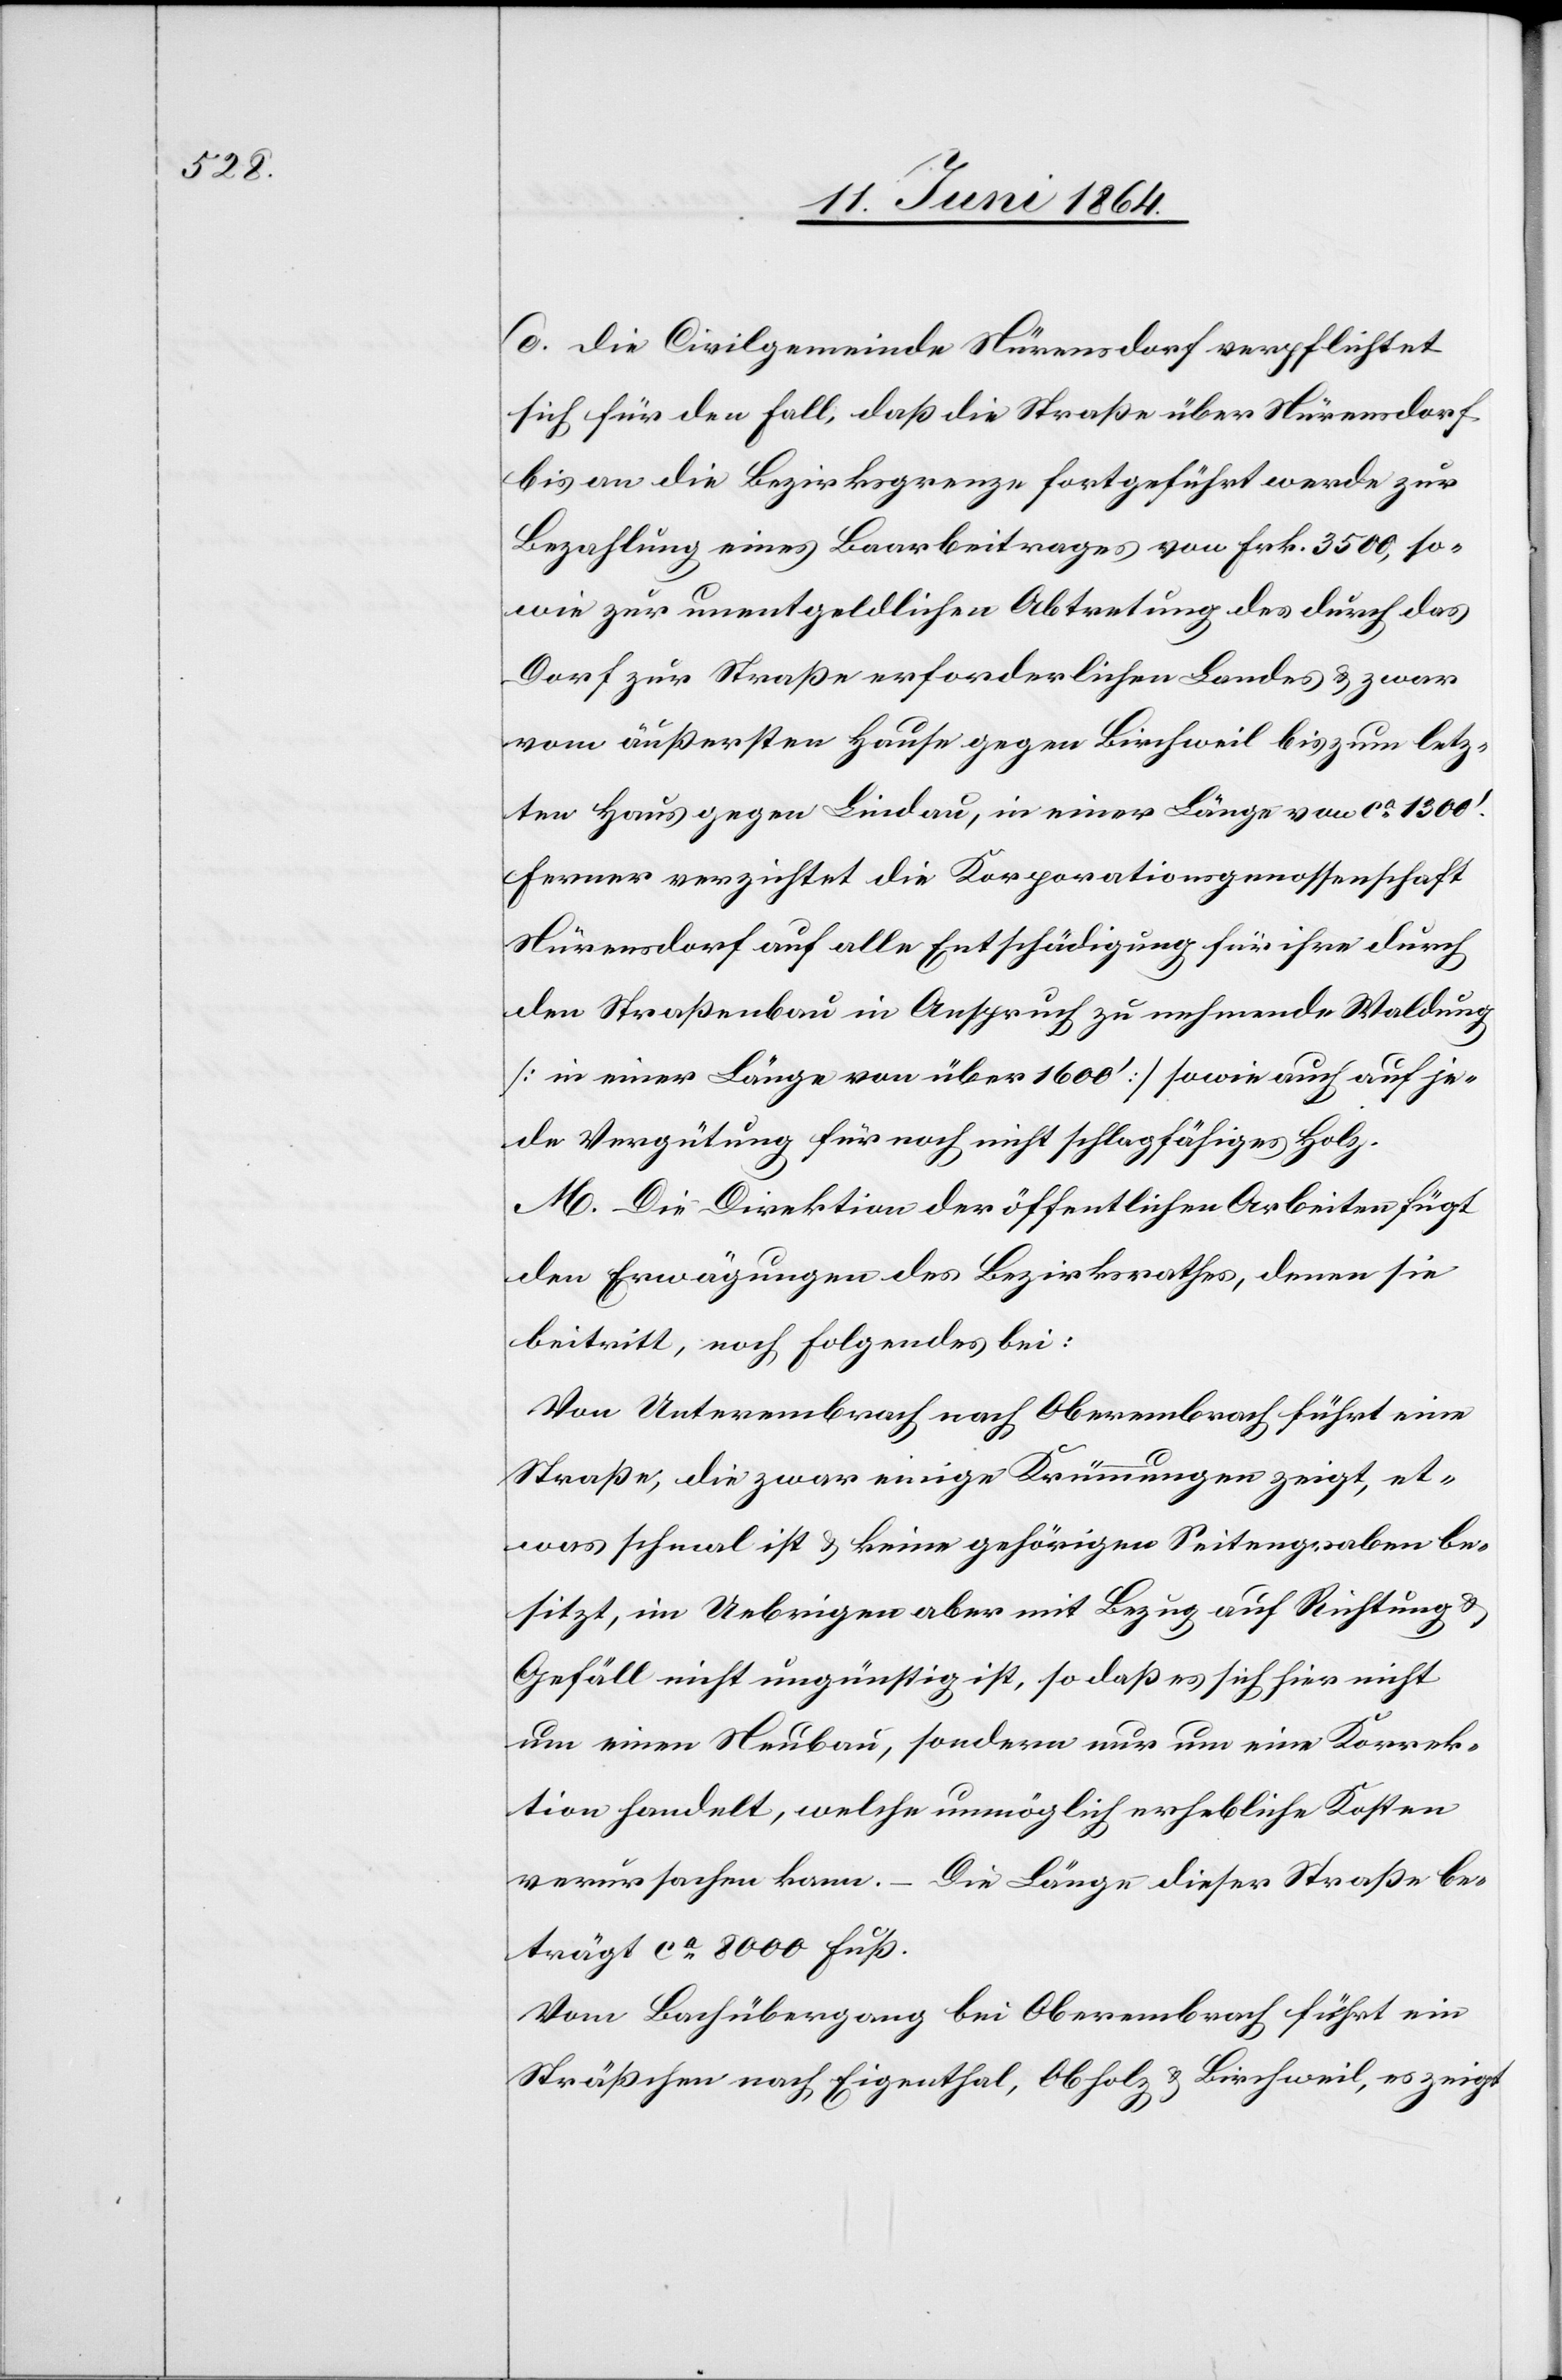
d. Die Civilgemeinde Nürensdorf verpflichtet
sich für den Fall, daß die Straße über Nürensdorf
bis an die Bezirksgrenze fortgeführt werde zur
Bezahlung eines Baarbeitrages von Frk. 3500, so¬
wie zur unentgeldlichen Abtretung des durch das
Dorf zur Straße erforderlichen Landes u. zwar
vom äußersten Hause gegen Birchweil bis zum letz¬
ten Haus gegen Lindau, in einer Länge von ca 1300’.
Ferner verzichtet die Korporationsgenossenschaft
Nürensdorf auf alle Entschädigung für ihre durch
den Straßenbau in Anspruch zu nehmende Waldung
[in einer Länge von über 1600’] sowie auch auf je¬
de Vergütung für noch nicht schlagfähiges Holz.
M. Die Direktion der öffentlichen Arbeiten fügt
den Erwägungen des Bezirksrathes, denen sie
beitritt, noch Folgendes bei:
Von Unterembrach nach Oberembrach führt eine
Straße, die zwar einige Krümmungen zeigt, et¬
was schmal ist u. keine gehörigen Seitengraben be¬
sitzt, im Uebrigen aber mit Bezug auf Richtung
Gefäll nicht ungünstig ist, so daß es sich hier nicht
um einen Neubau, sondern nur um eine Korrek¬
tion handelt, welche unmöglich erhebliche Kosten
verursachen kann. – Die Länge dieser Straße be¬
trägt ca 8000 Fuß.
Vom Bachübergang bei Oberembrach führt ein
Sträßchen nach Eigenthal, Obholz u. Birchweil, es zeigt